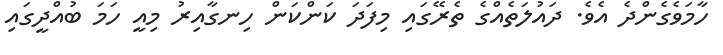
ހާމަވެގެންދެ އެވެ. ދައުލަތެއްގެ ތެރޭގައި މިފަދަ ކަންކަން ހިނގާއިރު މިއީ ހަމަ ބުއްދީގައި